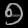
Digit: ၅